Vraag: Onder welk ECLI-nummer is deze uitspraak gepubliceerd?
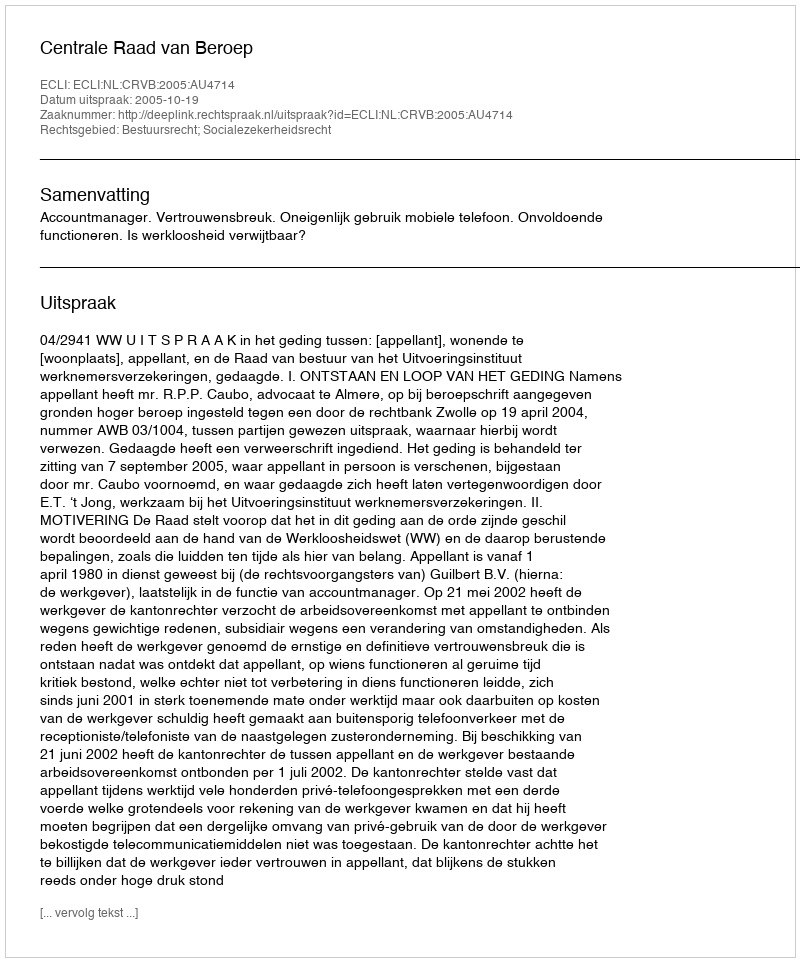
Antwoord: ECLI:NL:CRVB:2005:AU4714